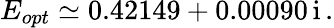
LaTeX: E_{opt}\simeq 0.42149+0.00090\, \mathrm{i}\, .